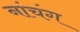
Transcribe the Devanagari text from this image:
नांचंग